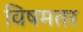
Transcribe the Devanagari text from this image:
विषमतर